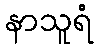
နာသူရံ